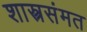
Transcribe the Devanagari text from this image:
शास्त्रसंमत